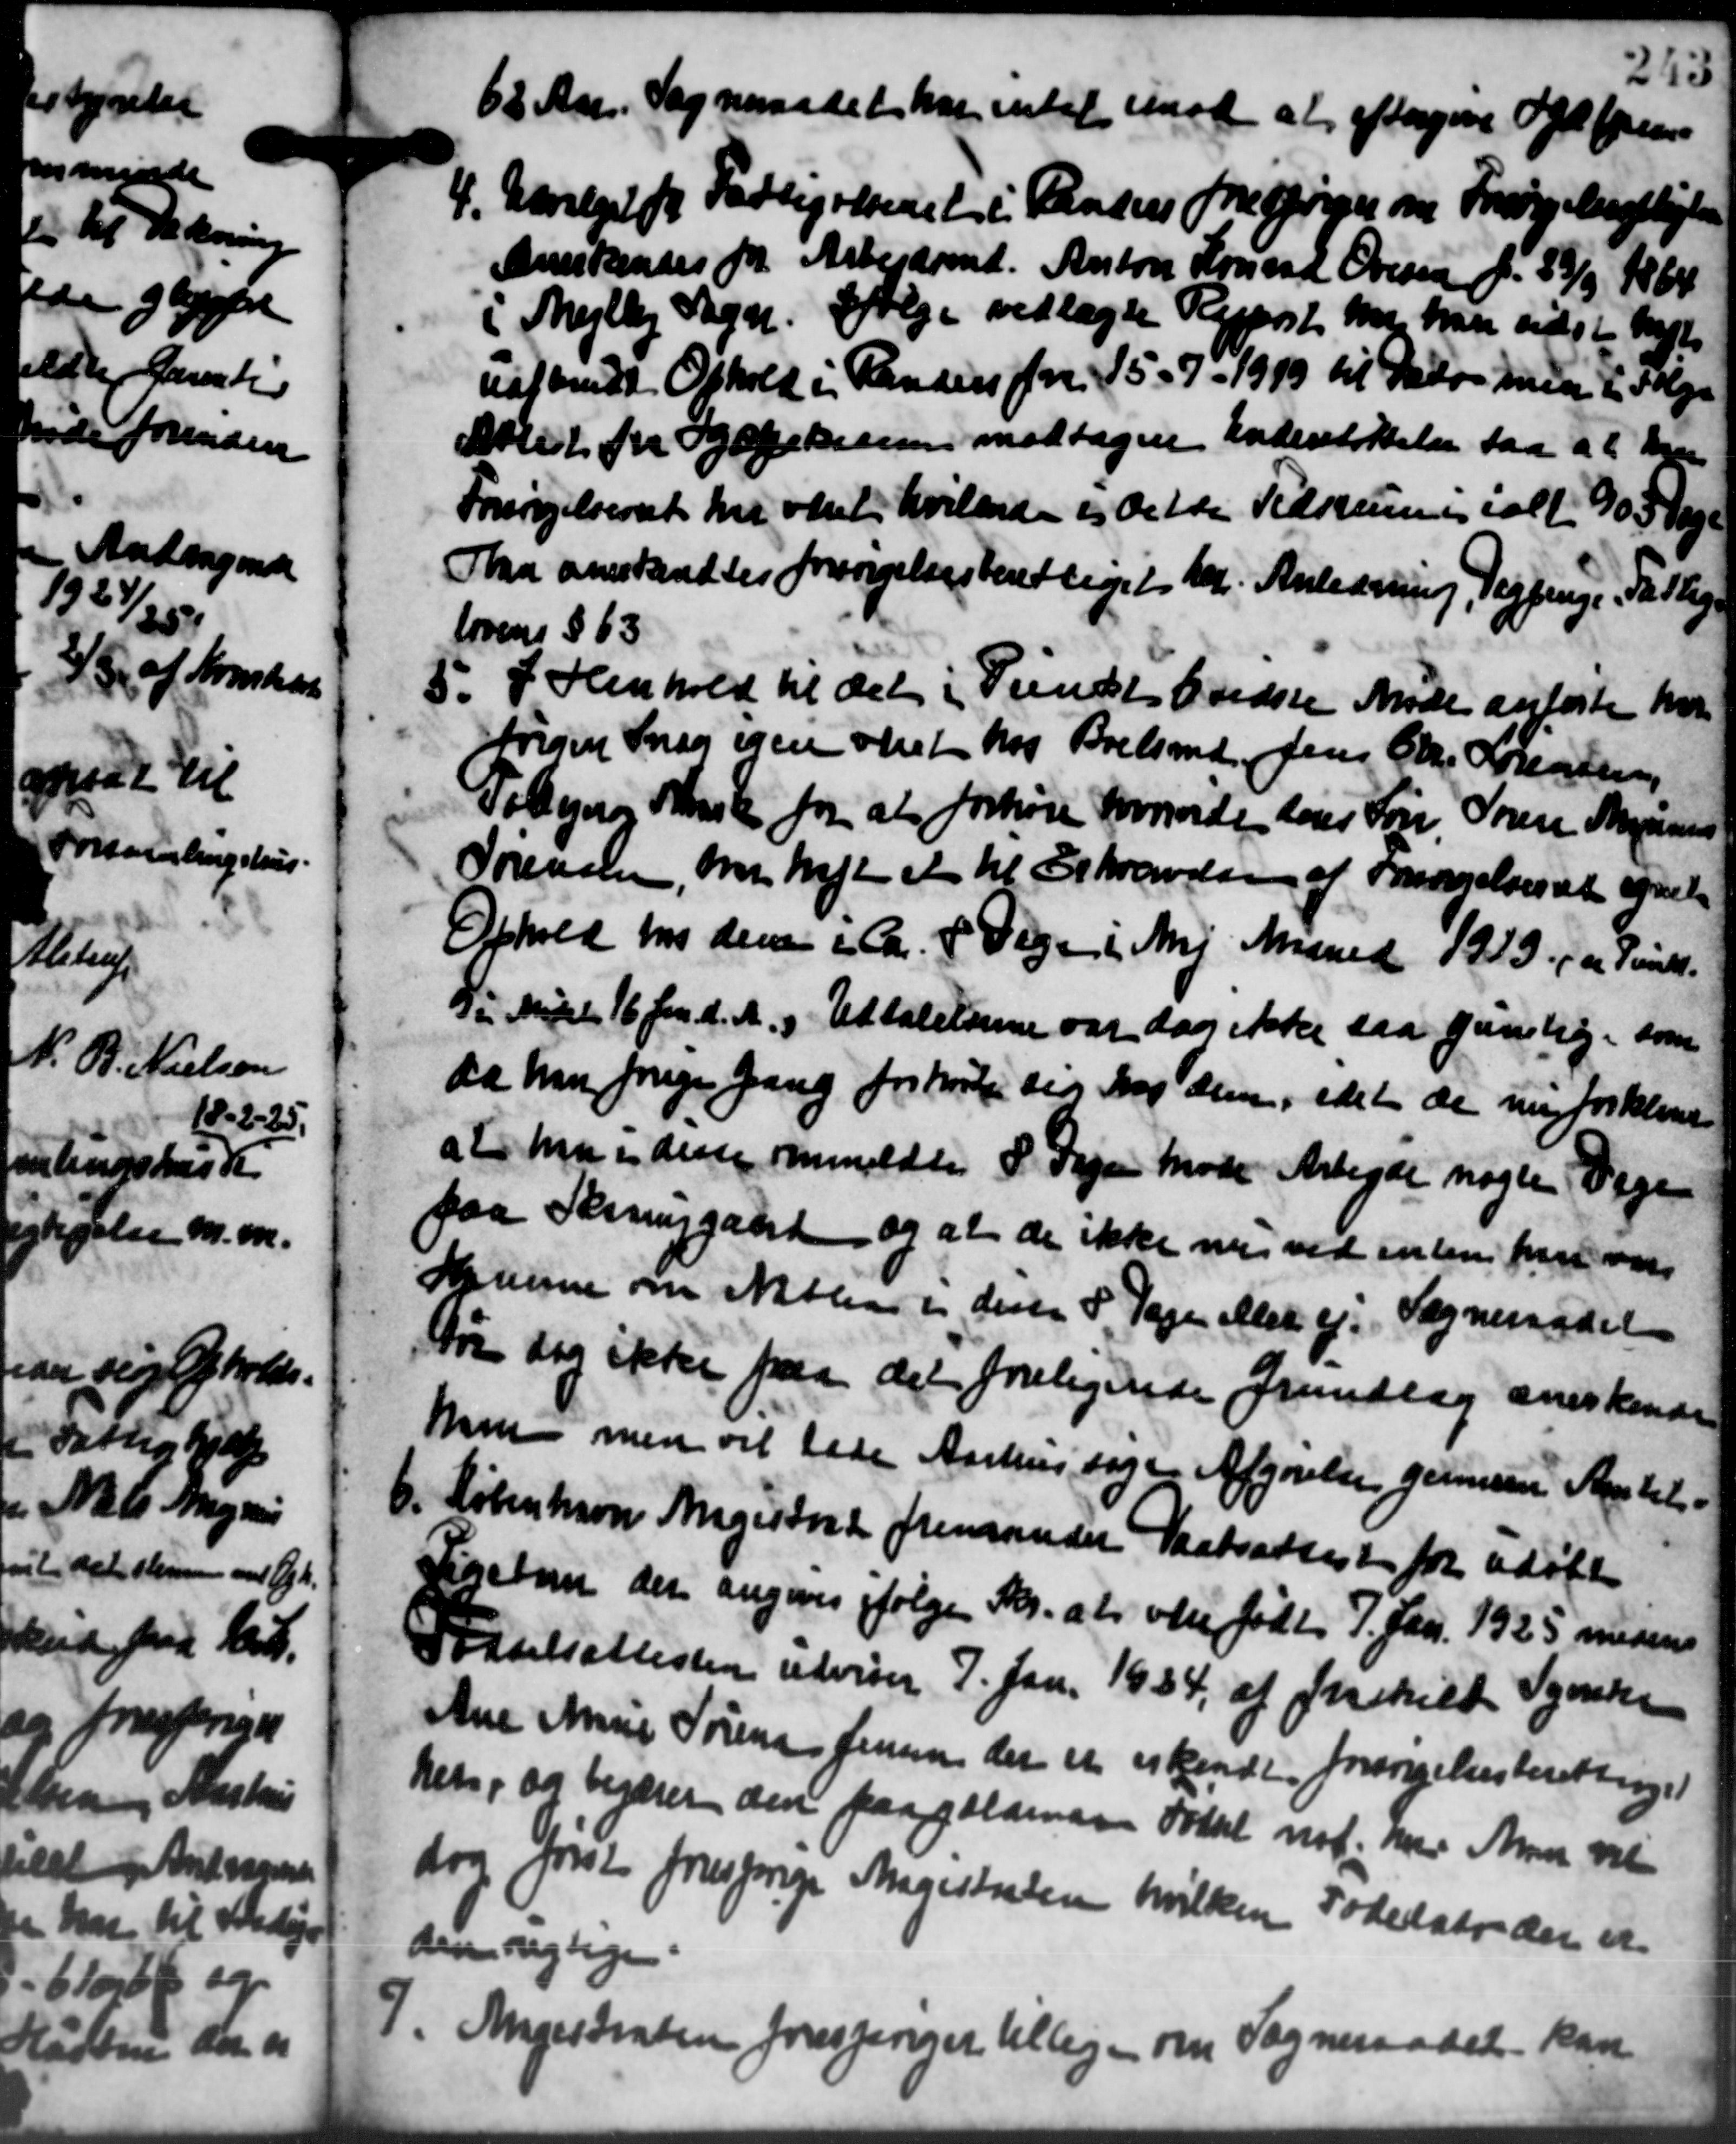
Transskription:
62 Aar. Sogneraadet har intet med at eftergive Opl. foren
4. Udvalget for Fattigvæsenet i Randens Forespørger om Forsørgelsespligten
4. Udvalget for Fattigvæsenet i Randens Forespørger om Forsørgelsespligten
Anerkendes for Arbejdsmd. Anton Konrad Oversen f. 33/9 1864
i Mejlby Sogn. Følge vedlagte Resport har han sidst Vate
uafsendt Ophold i Randers fra 15-7-1919 til Sabog med i Følge
Attet for Sygekassen modtagen Understøttelse faa at hjem
Forsørgelsesret har været, hvilkende os dette Tidsrumi ialt 90 3 Veje
Naa anerkendtes forsørgelsesberettiget her. Anledning, Tegning, Fattig-
lovens § 63
5. I Henhold til det i Sundt Gredste Møde anførte har
5. I Henhold til det i Sundt Gredste Møde anførte har
srigen Snog egen omst hos Boelsmd Jens Chr. Sørensen
Tølegere Mark for at forhøje hvorvede Lærer Søn Søren Magnussen
Sørensen, m. haft et til Skrivelse af Forsørgelses at ydels
Ophold hos den ca. 8 Dage i Maj Maaned 1913 paa Tanks.
di Midel 16 fra d. A. og Udtalelserne var dag ikke saa ganlig som
da han forige Gang forhørte sig dag dem, idet de nu forklare
at han i disse anmeldtes S. Sagen Møde Arbejde nogle Veje
paa Singgaard og at de ikke nu ved inten faa om
Hansen om Natten i derter S. Tage eller ej. Sogneraadet
før dog ikke paa det foreligende Grundlag anerkende
hun men det lade Aarhus søge Afgørelse gennem Amtets-
6. København Magistort fremsender Daabsattest for udøbt
6. København Magistort fremsender Daabsattest for udøbt
Finebon der angives ifølge Skr. at være født 7. Jan. 1925 medens
Fødselsattesten udviser 7. Jan. 1934 af forskild Synska
Ane Anne Sørensen Jensen der er erkende forsørgelsesberetninge
hers, og begærer den paagældende Folket med. hver Andr vil
dra først forespørge Angustaden hvilken Foderskrider er
den rigtige
7. Magistraten forespørger tillige om Sogneraadet kan
7. Magistraten forespørger tillige om Sogneraadet kan